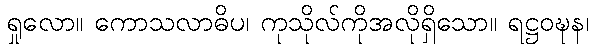
ရှုလော။ ကောသလာဓိပ၊ ကုသိုလ်ကိုအလိုရှိသော။ ရဋ္ဌဝဍ္ဎန၊